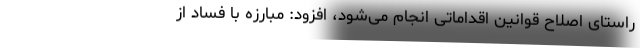
راستای اصلاح قوانین اقداماتی انجام می‌شود، افزود: مبارزه با فساد از